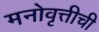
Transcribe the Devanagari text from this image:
मनोवृत्तीची